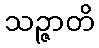
သဉ္ဇာတိ